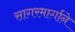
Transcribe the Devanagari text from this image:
सागरमार्गाने